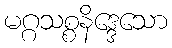
မဂ္ဂသစ္စနိဒ္ဒေသော